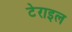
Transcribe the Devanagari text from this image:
टेराइल